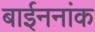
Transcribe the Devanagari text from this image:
बाईननांक